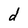
Character: d